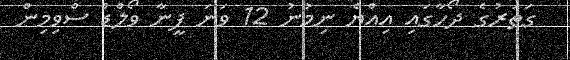
ގަތަރުގެ ދޯހާގައި އިއްޔެ ނިމުނު 12 ވަނަ ފީނާ ވޯލްޑް ސްވިމިން